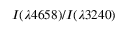
I ( \lambda 4 6 5 8 ) / I ( \lambda 3 2 4 0 )